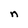
Character: n